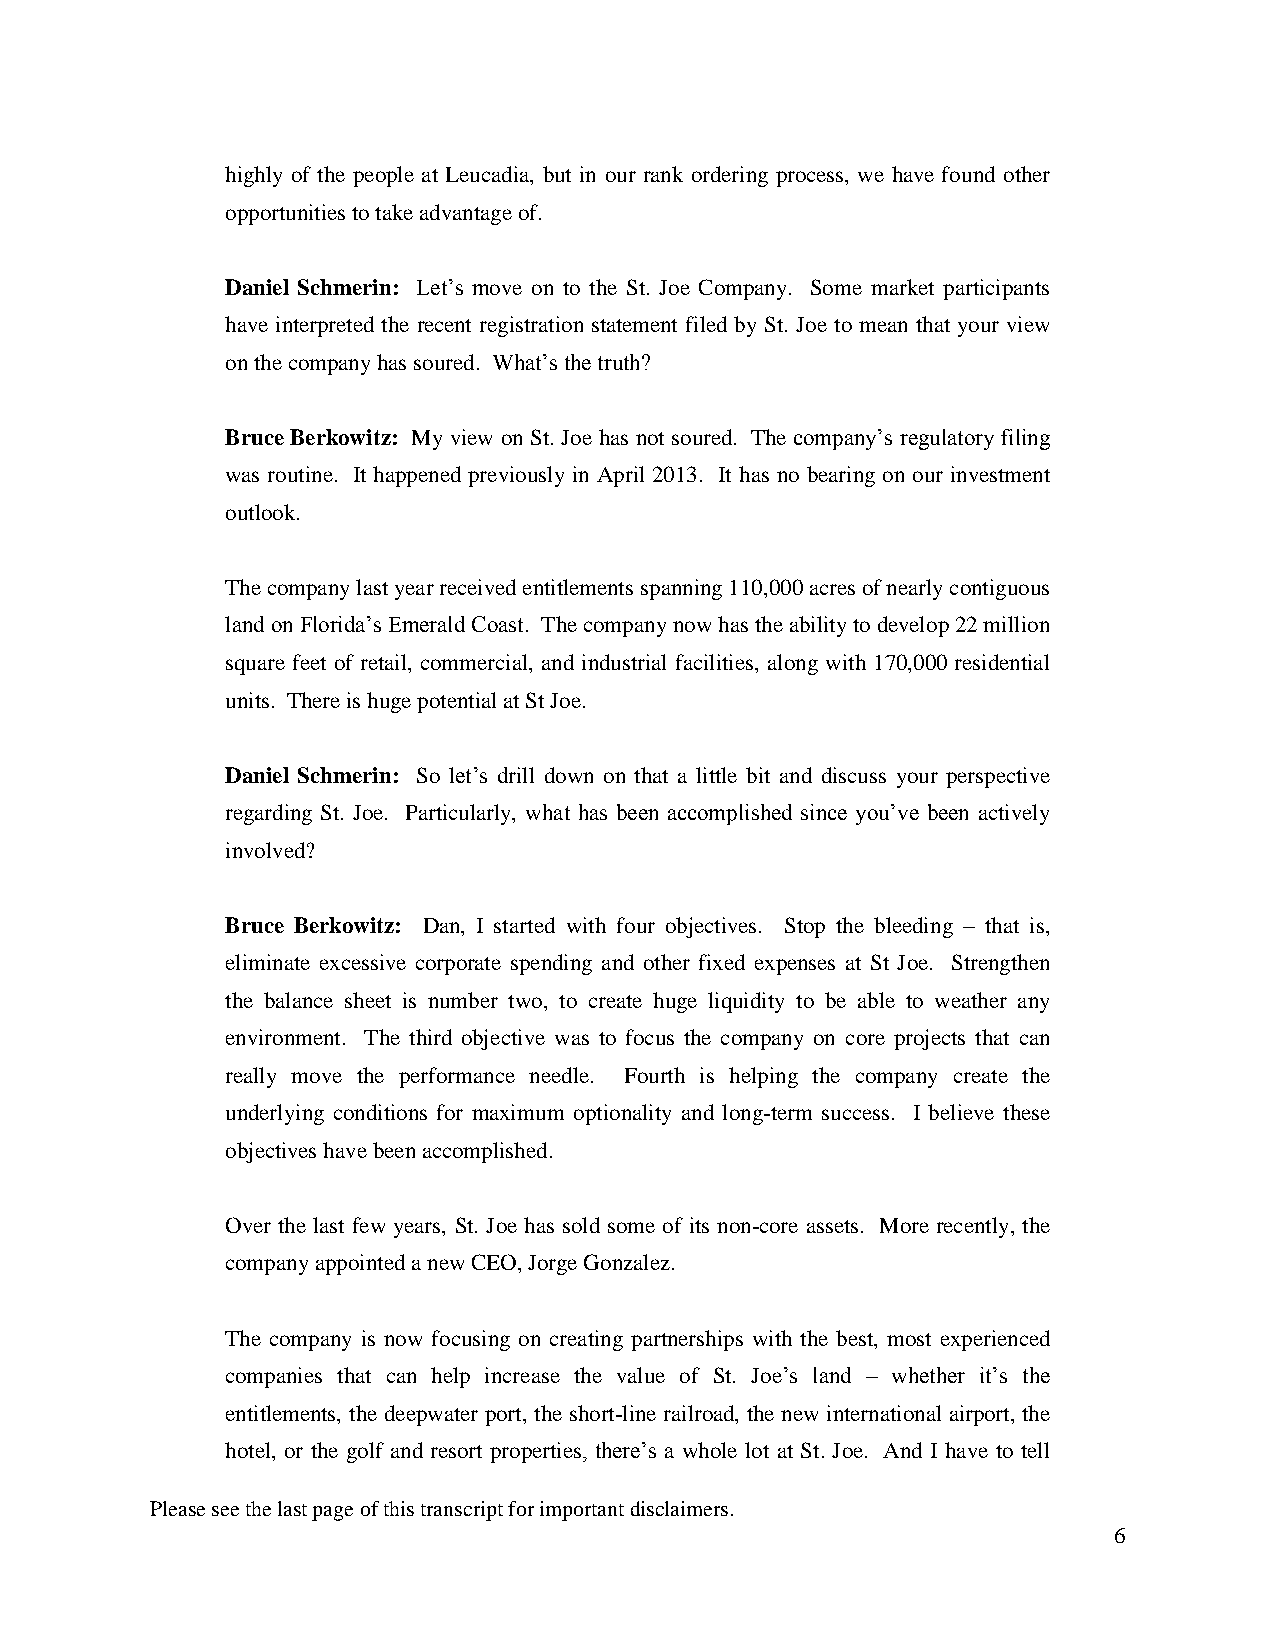
highly of the people at Leucadia, but in our rank ordering process, we have found other
 opportunities to take advantage of.
 Daniel Schmerin: Let’s move on to the St. Joe Company. Some market participants
 have interpreted the recent registration statement filed by St. Joe to mean that your view
 on the company has soured. What’s the truth?
 Bruce Berkowitz: My view on St. Joe has not soured. The company’s regulatory filing
 was routine. It happened previously in April 2013. It has no bearing on our investment
 outlook.
 The company last year received entitlements spanning 110,000 acres of nearly contiguous
 land on Florida’s Emerald Coast. The company now has the ability to develop 22 million
 square feet of retail, commercial, and industrial facilities, along with 170,000 residential
 units. There is huge potential at St Joe.
 Daniel Schmerin: So let’s drill down on that a little bit and discuss your perspective
 regarding St. Joe. Particularly, what has been accomplished since you’ve been actively
 involved?
 Bruce Berkowitz: Dan, I started with four objectives. Stop the bleeding – that is,
 eliminate excessive corporate spending and other fixed expenses at St Joe. Strengthen
 the balance sheet is number two, to create huge liquidity to be able to weather any
 environment. The third objective was to focus the company on core projects that can
 really move the performance needle. Fourth is helping the company create the
 underlying conditions for maximum optionality and long-term success. I believe these
 objectives have been accomplished.
 Over the last few years, St. Joe has sold some of its non-core assets. More recently, the
 company appointed a new CEO, Jorge Gonzalez.
 The company is now focusing on creating partnerships with the best, most experienced
 companies that can help increase the value of St. Joe’s land – whether it’s the
 entitlements, the deepwater port, the short-line railroad, the new international airport, the
 hotel, or the golf and resort properties, there’s a whole lot at St. Joe. And I have to tell
 Please see the last page of this transcript for important disclaimers.
 6